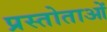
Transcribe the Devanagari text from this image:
प्रस्तोताओं